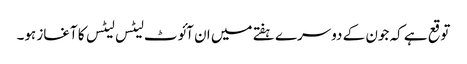
توقع ہے کہ جون کے دوسرے ہفتے میں ان آئوٹ لیٹس لیٹس کا آغاز ہو۔